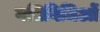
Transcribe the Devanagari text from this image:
गतिविधिओं